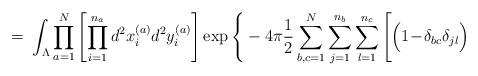
LaTeX: \begin{align*}= \; \int_{\Lambda} \prod_{a=1}^N \left[ \prod_{i=1}^{n_a}d^2x_{i}^{(a)} d^2y_{i}^{(a)} \right] \exp \Bigg\{-4 \pi \frac{1}{2} \sum_{b,c=1}^N \sum_{j=1}^{n_b} \sum_{l=1}^{n_c}\Bigg[ \Big(1\!-\!\delta_{bc}\delta_{jl}\Big)\end{align*}